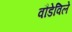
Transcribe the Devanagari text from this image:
वौडेविले